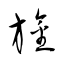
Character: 旛